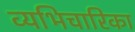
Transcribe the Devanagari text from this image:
व्यभिचारिका